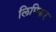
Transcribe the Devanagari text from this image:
लिपिकर